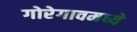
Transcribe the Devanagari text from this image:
गोरेगावमध्ये